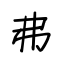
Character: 弗